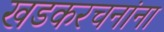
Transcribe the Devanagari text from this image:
खडकरचनांना